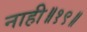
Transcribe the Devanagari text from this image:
नाही॥१९॥